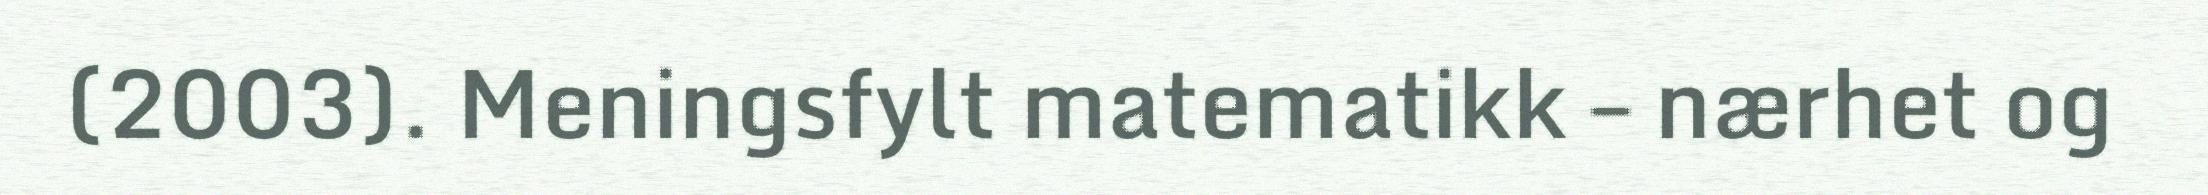
(2003). Meningsfylt matematikk – nærhet og